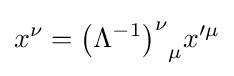
x^{\nu }={\left(\Lambda ^{-1}\right)^{\nu }}_{\mu }x^{\prime \mu }